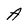
Character: A